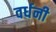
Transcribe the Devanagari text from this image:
वर्धनी